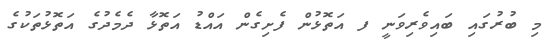
މި ބުރުގައި ބައިވެރިވަނީ ފ އަތޮޅުން ފެށިގެން އައްޑު އަތޮޅާ ދެމެދުގެ އަތޮޅުތަކުގެ